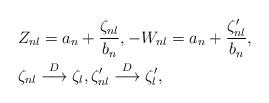
LaTeX: \begin{align*} &Z_{nl} = a_n + \frac{\zeta_{nl}}{b_n}, -W_{nl} = a_n + \frac{\zeta'_{nl}}{b_n},\\&\zeta_{nl} \stackrel{D} \longrightarrow \zeta_l , \zeta'_{nl} \stackrel{D} \longrightarrow\zeta'_l,\end{align*}